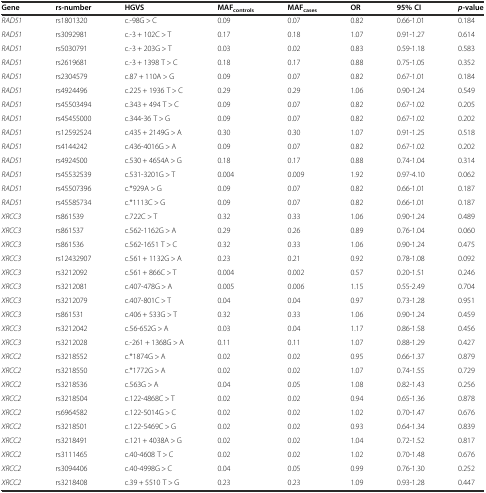
<table><thead><tr><td><b>Gene</b></td><td><b>rs-number</b></td><td><b>HGVS</b></td><td><b>MAF<sub>controls</sub></b></td><td><b>MAF<sub>cases</sub></b></td><td><b>OR</b></td><td><b>95% CI</b></td><td><b><i>p-</i>value</b></td></tr></thead><tbody><tr><td><i>RAD51</i></td><td>rs1801320</td><td>c.-98G &gt; C</td><td>0.09</td><td>0.07</td><td>0.82</td><td>0.66-1.01</td><td>0.184</td></tr><tr><td><i>RAD51</i></td><td>rs3092981</td><td>c.-3 + 102C &gt; T</td><td>0.17</td><td>0.18</td><td>1.07</td><td>0.91-1.27</td><td>0.614</td></tr><tr><td><i>RAD51</i></td><td>rs5030791</td><td>c.-3 + 203G &gt; T</td><td>0.03</td><td>0.02</td><td>0.83</td><td>0.59-1.18</td><td>0.583</td></tr><tr><td><i>RAD51</i></td><td>rs2619681</td><td>c.-3 + 1398 T &gt; C</td><td>0.18</td><td>0.17</td><td>0.88</td><td>0.75-1.05</td><td>0.352</td></tr><tr><td><i>RAD51</i></td><td>rs2304579</td><td>c.87 + 110A &gt; G</td><td>0.09</td><td>0.07</td><td>0.82</td><td>0.67-1.01</td><td>0.184</td></tr><tr><td><i>RAD51</i></td><td>rs4924496</td><td>c.225 + 1936 T &gt; C</td><td>0.29</td><td>0.29</td><td>1.06</td><td>0.90-1.24</td><td>0.549</td></tr><tr><td><i>RAD51</i></td><td>rs45503494</td><td>c.343 + 494 T &gt; C</td><td>0.09</td><td>0.07</td><td>0.82</td><td>0.67-1.02</td><td>0.205</td></tr><tr><td><i>RAD51</i></td><td>rs45455000</td><td>c.344-36 T &gt; G</td><td>0.09</td><td>0.07</td><td>0.82</td><td>0.67-1.02</td><td>0.202</td></tr><tr><td><i>RAD51</i></td><td>rs12592524</td><td>c.435 + 2149G &gt; A</td><td>0.30</td><td>0.30</td><td>1.07</td><td>0.91-1.25</td><td>0.518</td></tr><tr><td><i>RAD51</i></td><td>rs4144242</td><td>c.436-4016G &gt; A</td><td>0.09</td><td>0.07</td><td>0.82</td><td>0.67-1.02</td><td>0.202</td></tr><tr><td><i>RAD51</i></td><td>rs4924500</td><td>c.530 + 4654A &gt; G</td><td>0.18</td><td>0.17</td><td>0.88</td><td>0.74-1.04</td><td>0.314</td></tr><tr><td><i>RAD51</i></td><td>rs45532539</td><td>c.531-3201G &gt; T</td><td>0.004</td><td>0.009</td><td>1.92</td><td>0.97-4.10</td><td>0.062</td></tr><tr><td><i>RAD51</i></td><td>rs45507396</td><td>c.*929A &gt; G</td><td>0.09</td><td>0.07</td><td>0.82</td><td>0.66-1.01</td><td>0.187</td></tr><tr><td><i>RAD51</i></td><td>rs45585734</td><td>c.*1113C &gt; G</td><td>0.09</td><td>0.07</td><td>0.82</td><td>0.66-1.01</td><td>0.187</td></tr><tr><td><i>XRCC3</i></td><td>rs861539</td><td>c.722C &gt; T</td><td>0.32</td><td>0.33</td><td>1.06</td><td>0.90-1.24</td><td>0.489</td></tr><tr><td><i>XRCC3</i></td><td>rs861537</td><td>c.562-1162G &gt; A</td><td>0.29</td><td>0.26</td><td>0.89</td><td>0.76-1.04</td><td>0.060</td></tr><tr><td><i>XRCC3</i></td><td>rs861536</td><td>c.562-1651 T &gt; C</td><td>0.32</td><td>0.33</td><td>1.06</td><td>0.90-1.24</td><td>0.475</td></tr><tr><td><i>XRCC3</i></td><td>rs12432907</td><td>c.561 + 1132G &gt; A</td><td>0.23</td><td>0.21</td><td>0.92</td><td>0.78-1.08</td><td>0.092</td></tr><tr><td><i>XRCC3</i></td><td>rs3212092</td><td>c.561 + 866C &gt; T</td><td>0.004</td><td>0.002</td><td>0.57</td><td>0.20-1.51</td><td>0.246</td></tr><tr><td><i>XRCC3</i></td><td>rs3212081</td><td>c.407-478G &gt; A</td><td>0.005</td><td>0.006</td><td>1.15</td><td>0.55-2.49</td><td>0.704</td></tr><tr><td><i>XRCC3</i></td><td>rs3212079</td><td>c.407-801C &gt; T</td><td>0.04</td><td>0.04</td><td>0.97</td><td>0.73-1.28</td><td>0.951</td></tr><tr><td><i>XRCC3</i></td><td>rs861531</td><td>c.406 + 533G &gt; T</td><td>0.32</td><td>0.33</td><td>1.06</td><td>0.90-1.24</td><td>0.459</td></tr><tr><td><i>XRCC3</i></td><td>rs3212042</td><td>c.56-652G &gt; A</td><td>0.03</td><td>0.04</td><td>1.17</td><td>0.86-1.58</td><td>0.456</td></tr><tr><td><i>XRCC3</i></td><td>rs3212028</td><td>c.-261 + 1368G &gt; A</td><td>0.11</td><td>0.11</td><td>1.07</td><td>0.88-1.29</td><td>0.427</td></tr><tr><td><i>XRCC2</i></td><td>rs3218552</td><td>c.*1874G &gt; A</td><td>0.02</td><td>0.02</td><td>0.95</td><td>0.66-1.37</td><td>0.879</td></tr><tr><td><i>XRCC2</i></td><td>rs3218550</td><td>c.*1772G &gt; A</td><td>0.02</td><td>0.02</td><td>1.07</td><td>0.74-1.55</td><td>0.729</td></tr><tr><td><i>XRCC2</i></td><td>rs3218536</td><td>c.563G &gt; A</td><td>0.04</td><td>0.05</td><td>1.08</td><td>0.82-1.43</td><td>0.256</td></tr><tr><td><i>XRCC2</i></td><td>rs3218504</td><td>c.122-4868C &gt; T</td><td>0.02</td><td>0.02</td><td>0.94</td><td>0.65-1.36</td><td>0.878</td></tr><tr><td><i>XRCC2</i></td><td>rs6964582</td><td>c.122-5014G &gt; C</td><td>0.02</td><td>0.02</td><td>1.02</td><td>0.70-1.47</td><td>0.676</td></tr><tr><td><i>XRCC2</i></td><td>rs3218501</td><td>c.122-5469C &gt; G</td><td>0.02</td><td>0.02</td><td>0.93</td><td>0.64-1.34</td><td>0.839</td></tr><tr><td><i>XRCC2</i></td><td>rs3218491</td><td>c.121 + 4038A &gt; G</td><td>0.02</td><td>0.02</td><td>1.04</td><td>0.72-1.52</td><td>0.817</td></tr><tr><td><i>XRCC2</i></td><td>rs3111465</td><td>c.40-4608 T &gt; C</td><td>0.02</td><td>0.02</td><td>1.02</td><td>0.70-1.48</td><td>0.676</td></tr><tr><td><i>XRCC2</i></td><td>rs3094406</td><td>c.40-4998G &gt; C</td><td>0.04</td><td>0.05</td><td>0.99</td><td>0.76-1.30</td><td>0.252</td></tr><tr><td><i>XRCC2</i></td><td>rs3218408</td><td>c.39 + 5510 T &gt; G</td><td>0.23</td><td>0.23</td><td>1.09</td><td>0.93-1.28</td><td>0.447</td></tr></tbody></table>